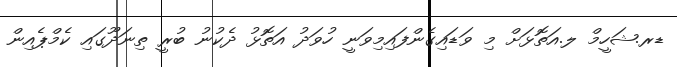
ޑރ.ޝަހީމް ލ.އަތޮޅަށް މި ވަޑައިގެންފައިމިވަނީ ހުވަދު އަތޮޅު ދެކުނު ބުރީ ތިނަދޫގައި ކެމްޕެއިން